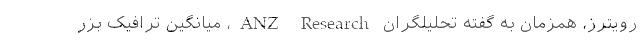
رویترز، همزمان به گفته تحلیلگران ANZ Research، میانگین ترافیک بزر